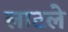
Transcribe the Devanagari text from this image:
लाटले